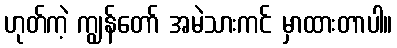
ဟုတ်ကဲ့ ကျွန်တော် အမဲသားကင် မှာထားတာပါ။